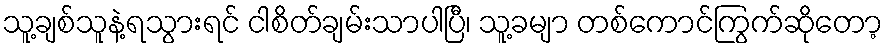
သူ့ချစ်သူနဲ့ရသွားရင် ငါစိတ်ချမ်းသာပါပြီ၊ သူ့ခမျာ တစ်ကောင်ကြွက်ဆိုတော့